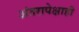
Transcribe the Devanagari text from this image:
अंतरापेक्षाही